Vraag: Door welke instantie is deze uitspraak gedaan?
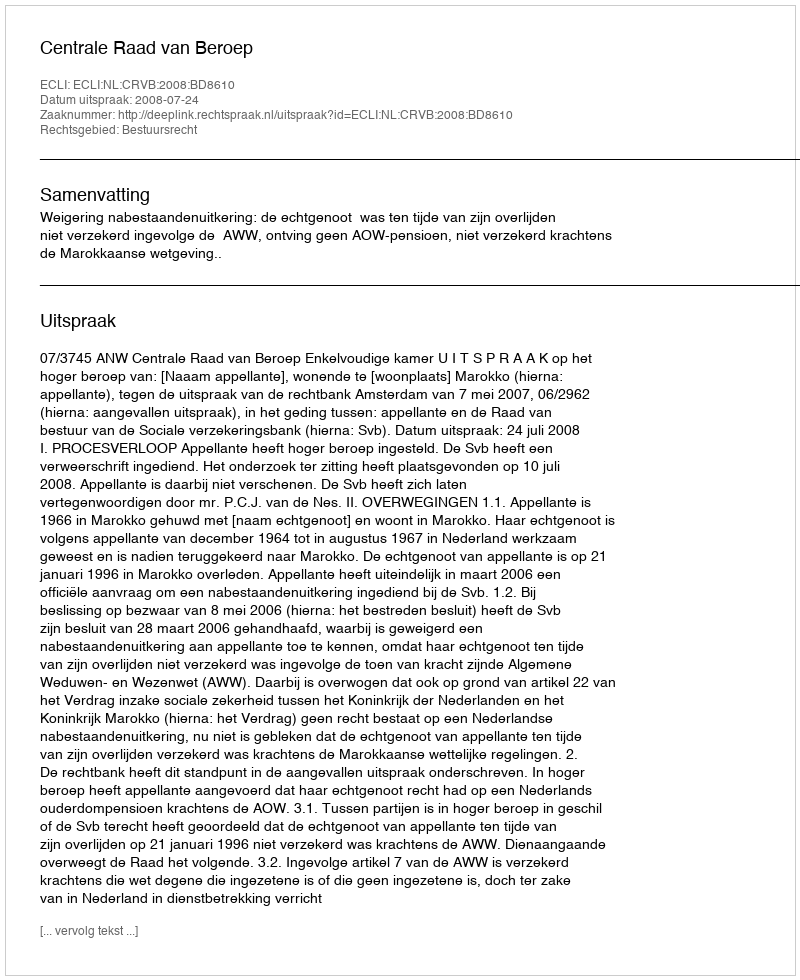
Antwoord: Centrale Raad van Beroep